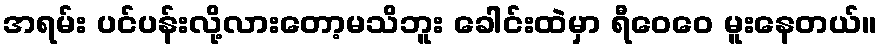
အရမ်း ပင်ပန်းလို့လားတော့မသိဘူး ခေါင်းထဲမှာ ရီဝေဝေ မူးနေတယ်။